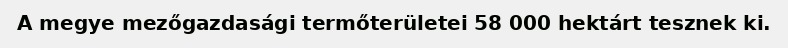
A megye mezőgazdasági termőterületei 58 000 hektárt tesznek ki.